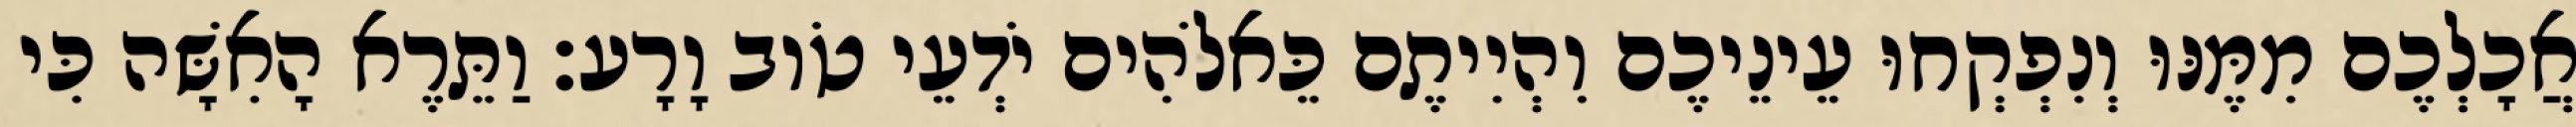
אֲכָלְכֶם מִמֶּנּוּ וְנִפְקְחוּ עֵינֵיכֶם וִהְיִיתֶם כֵּאלֹהִים יֹדְעֵי טֹוב וָרָע׃ וַתֵּרֶא הָאִשָּׁה כִּי